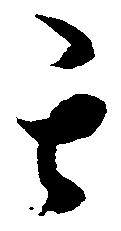
其